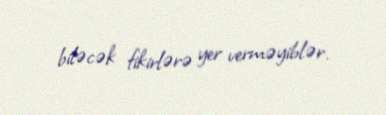
biləcək fikirlərə yer verməyiblər.